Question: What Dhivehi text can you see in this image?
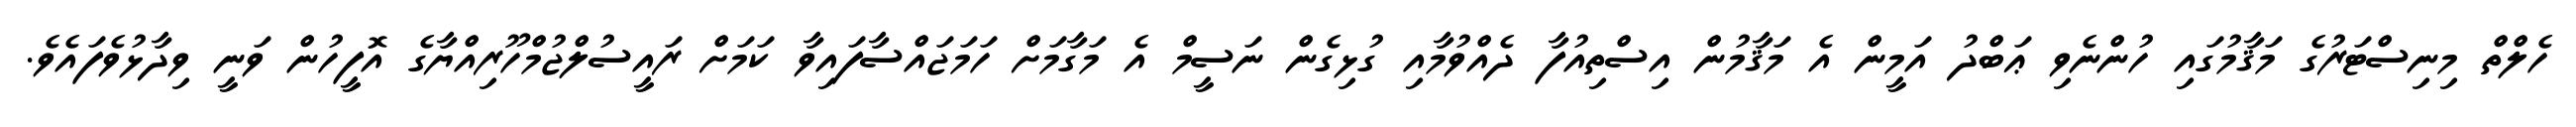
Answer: ހެލްތް މިނިސްޓަރުގެ މަޤާމުގައި ހުންނެވި ޢަބްދު އަމީން އެ މަޤާމުން އިސްތިއުފާ ދެއްވުމާއި ގުޅިގެން ނަސީމް އެ މަގާމަށް ހަމަޖައްސާފައިވާ ކަމަށް ރައީސުލްޖުމްހޫރިއްޔާގެ އޮފީހުން ވަނީ ވިދާޅުވެފައެވެ.